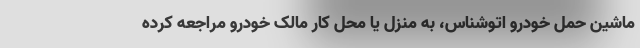
ماشین حمل خودرو اتوشناس، به منزل یا محل کار مالک خودرو مراجعه کرده